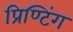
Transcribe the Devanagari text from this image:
प्रिण्टिंग